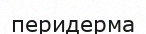
перидерма